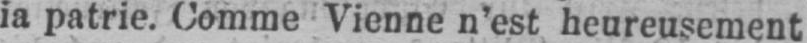
ia patrie. Comme Vienne n’est heureusement